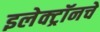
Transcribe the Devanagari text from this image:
इलेक्ट्रॉनचे